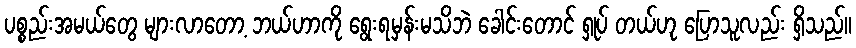
ပစ္စည်းအမယ်တွေ များလာတော့ ဘယ်ဟာကို ရွေးရမှန်းမသိဘဲ ခေါင်းတောင် ရှုပ် တယ်ဟု ပြောသူလည်း ရှိသည်။